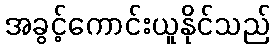
အခွင့်ကောင်းယူနိုင်သည်